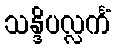
သန္ဒိပလ္လင်္ကံ